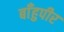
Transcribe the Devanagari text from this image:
बाँहुपीर